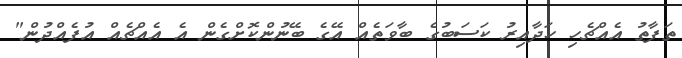
ތަފާތު އެއްޗެހި ހަދާއިރު ކަސަބުގެ ބާވަތެއް އޭގެ ބޭނުންކޮށްގެން އެ އެއްޗެއް އުފެއްދުން"